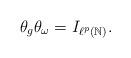
LaTeX: \begin{align*}\theta_g\theta_\omega =I_{\ell^p(\mathbb{N})}.\end{align*}